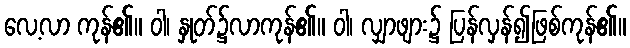
လေ့လာ ကုန်၏။ ဝါ၊ နှုတ်၌လာကုန်၏။ ဝါ၊ လျှာဖျား၌ ပြန်လှန်၍ဖြစ်ကုန်၏။